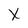
Character: X